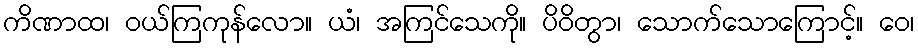
ကိဏာထ၊ ဝယ်ကြကုန်လော။ ယံ၊ အကြင်သေကို။ ပိဝိတွာ၊ သောက်သောကြောင့်။ ဝေ၊